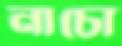
নাচো